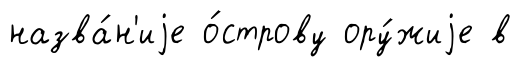
назва́н'иjе о́строву ору́жиjе в